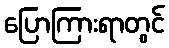
ပြောကြားရာတွင်